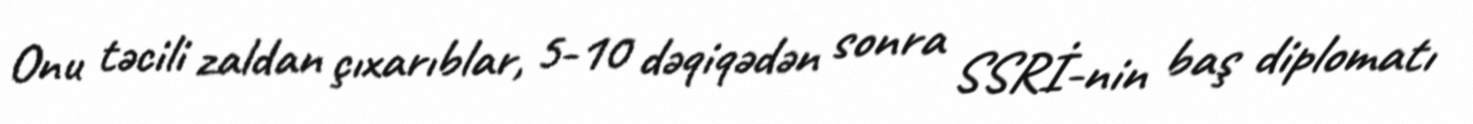
Onu təcili zaldan çıxarıblar, 5-10 dəqiqədən sonra SSRİ-nin baş diplomatı